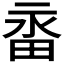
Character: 𭻑